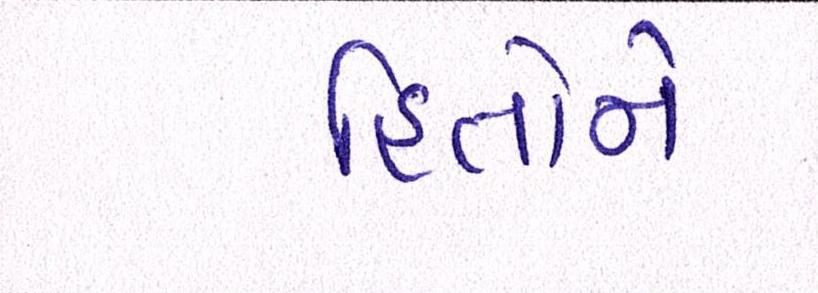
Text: હિતોને